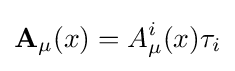
\mathbf {A} _{\mu }(x)=A_{\mu }^{i}(x)\tau _{i}